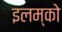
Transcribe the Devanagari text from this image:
इलम्को